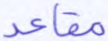
مقاعد